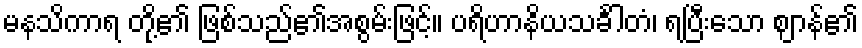
မနသိကာရ တို့၏ ဖြစ်သည်၏အစွမ်းဖြင့်။ ပရိဟာနိယသင်္ခါတံ၊ ရပြီးသော ဈာန်၏